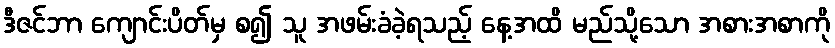
ဒီဇင်ဘာ ကျောင်းပိတ်မှ စ၍ သူ အဖမ်းခံခဲ့ရသည့် နေ့အထိ မည်သို့သော အစားအစာကို